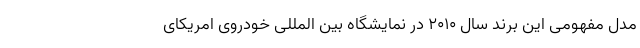
مدل مفهومی این برند سال 2010 در نمایشگاه بین المللی خودروی امریکای